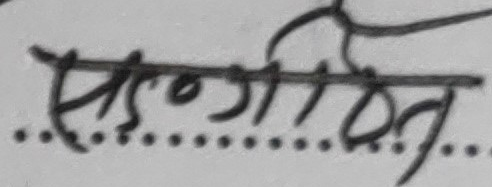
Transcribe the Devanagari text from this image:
संगीत